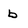
Character: b